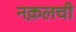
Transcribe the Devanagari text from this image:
नक़लची